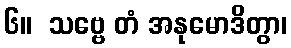
၆။  သဗ္ဗေ တံ အနုမောဒိတွာ၊